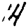
Digit: 4